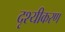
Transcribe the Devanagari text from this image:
दृश्यीकरण